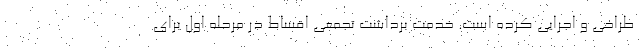
طراحی و اجرایی کرده است. خدمت برداشت تجمعی اقساط در مرحله اول برای